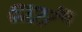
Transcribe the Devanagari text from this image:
र्ध्रााेंं